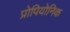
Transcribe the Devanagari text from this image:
प्रोपियोनिक